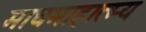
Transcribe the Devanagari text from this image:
माघमाहात्म्य